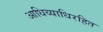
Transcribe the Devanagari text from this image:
आधिव्याधिरहित